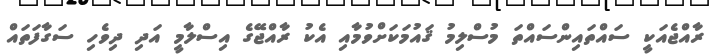
ރާއްޖެއަކީ ސައްތައިންސައްތަ މުސްލިމު ޤައުމަކަށްވުމާއި އެކު ރާއްޖޭގެ އިސްލާމީ އަދި ދިވެހި ސަގާފަތައް